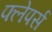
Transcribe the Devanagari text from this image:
फ्लेपर्स